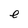
Character: e